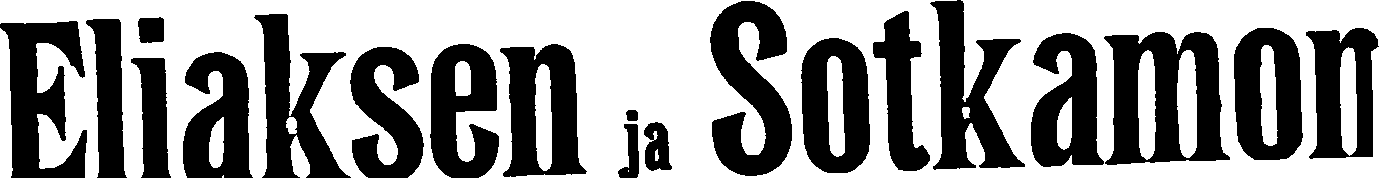
Eliaksen ja Sotkamon